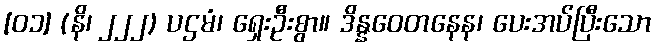
[၀၁] (နိ၊ ၂၂၂) ပဌမံ၊ ရှေးဦးစွာ။ ဒိန္နဝေတနေန၊ ပေးအပ်ပြီးသော